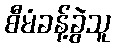
စီမံခန့်ခွဲသူ